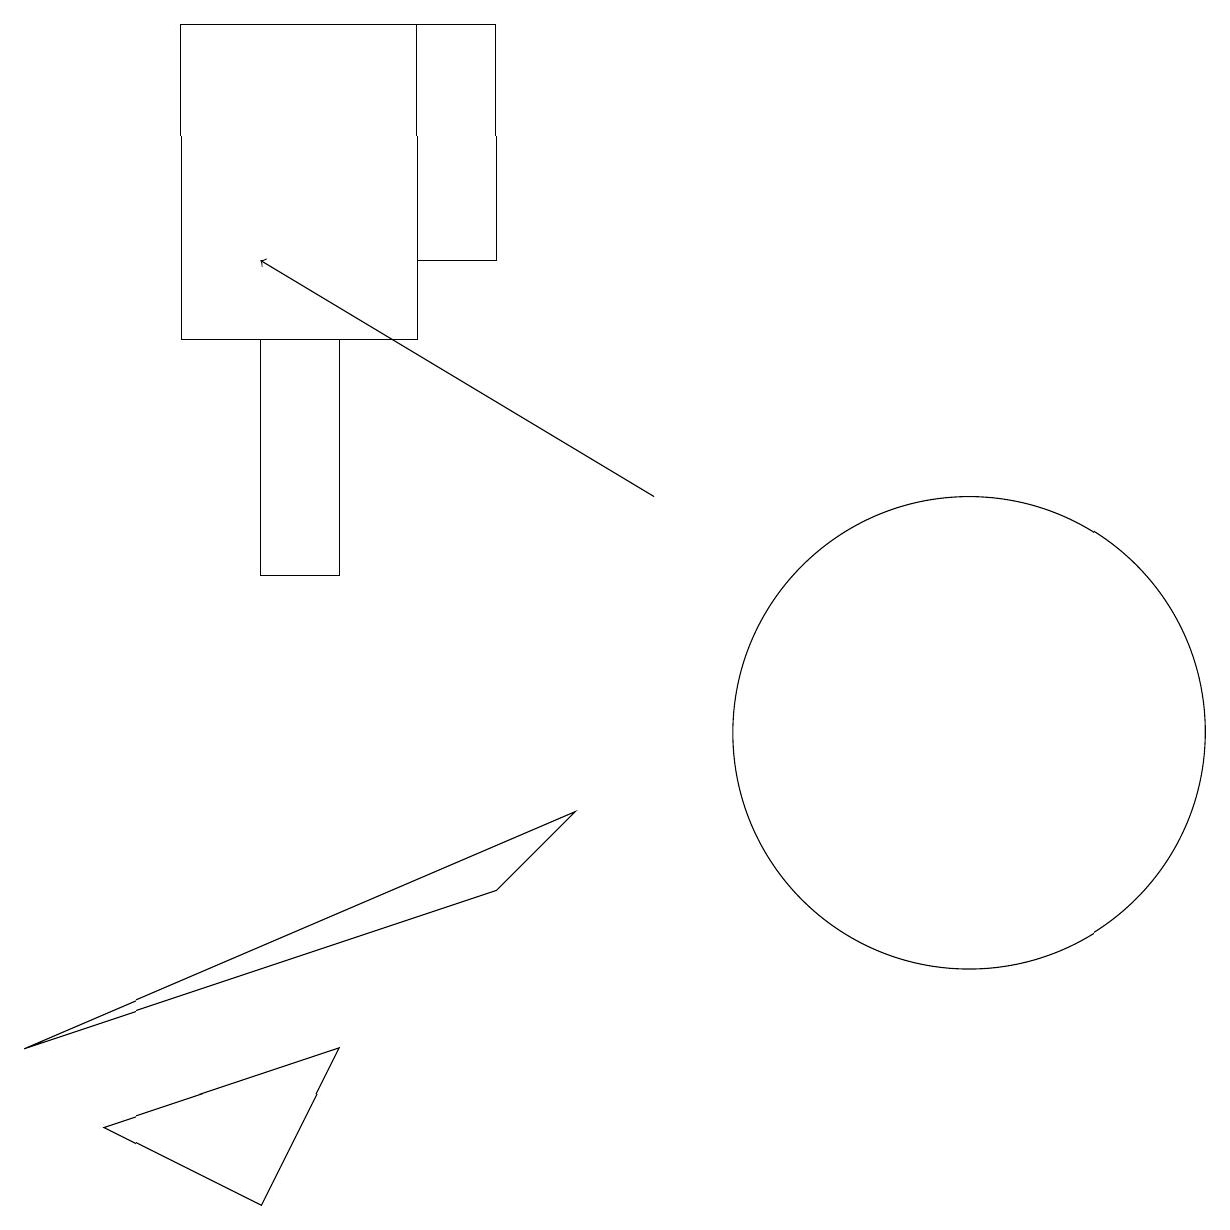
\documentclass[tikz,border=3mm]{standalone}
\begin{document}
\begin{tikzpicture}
\draw (7,9) -- (0,6) -- (6,8) -- cycle;
\draw[->] (8,13) -- (3,16);
\draw (4,12) rectangle (3,15);
\draw (4,6) -- (3,4) -- (1,5) -- cycle;
\draw (2,15) rectangle (5,19);
\draw (12,10) circle (3);
\draw (5,19) rectangle (6,16);
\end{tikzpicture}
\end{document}